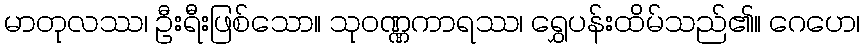
မာတုလဿ၊ ဦးရီးဖြစ်သော။ သုဝဏ္ဏကာရဿ၊ ရွှေပန်းထိမ်သည်၏။ ဂေဟေ၊